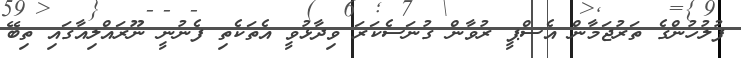
ފުލުހުންގެ ތަރުޖަމާން އެސްޕީ ރުވާން ގުނަސެކަރަ ވިދާޅުވީ އެތަކެތި ފެނުނީ ނޫރައްލިއާގައި ތިބޭ